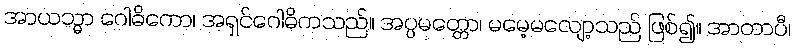
အာယသ္မာ ဂေါဓိကော၊ အရှင်ဂေါဓိကသည်။ အပ္ပမတ္တော၊ မမေ့မလျော့သည် ဖြစ်၍။ အာတာပီ၊